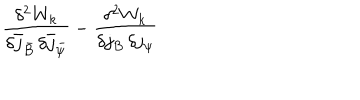
\frac { \delta ^ { 2 } W _ { k } } { \delta \bar { j } _ { \bar { B } } \, \delta \bar { j } _ { \bar { \psi } } } - \frac { \delta ^ { 2 } W _ { k } } { \delta j _ { B } \, \delta j _ { \psi } }